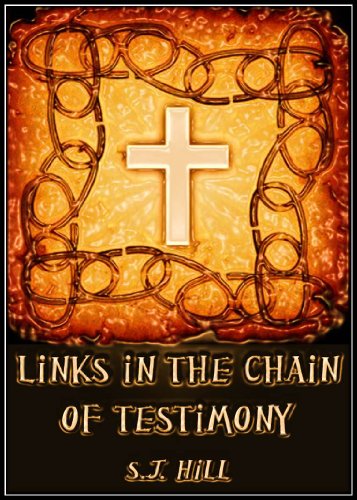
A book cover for Links in the Chain of Testimony (Christian Heritage Series Book 2); S. J. Hill; Christian Books & Bibles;